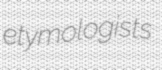
etymologists